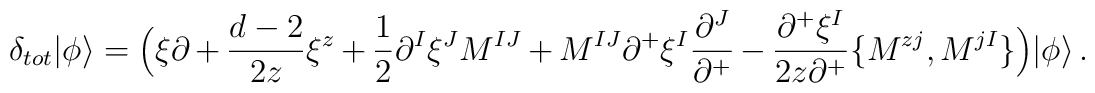
\delta_{tot}|\phi\rangle=\Bigl(\xi\partial+\frac{d-2}{2z}\xi^z+\frac{1}{2}\partial^I\xi^JM^{IJ}+M^{IJ}\partial^+\xi^I\frac{\partial^J}{\partial^+}-\frac{\partial^+\xi^I}{2z\partial^+}\{M^{zj},M^{jI}\}\Bigr)|\phi\rangle\,.